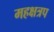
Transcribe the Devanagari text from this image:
महक्षत्रप